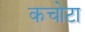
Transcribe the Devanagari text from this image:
कचोटा